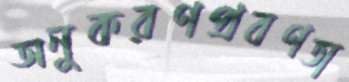
অনুকরণপ্রবণতা